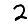
Digit: 2